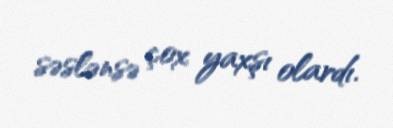
səslənsə çox yaxşı olardı.